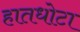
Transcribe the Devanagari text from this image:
हातधोटा